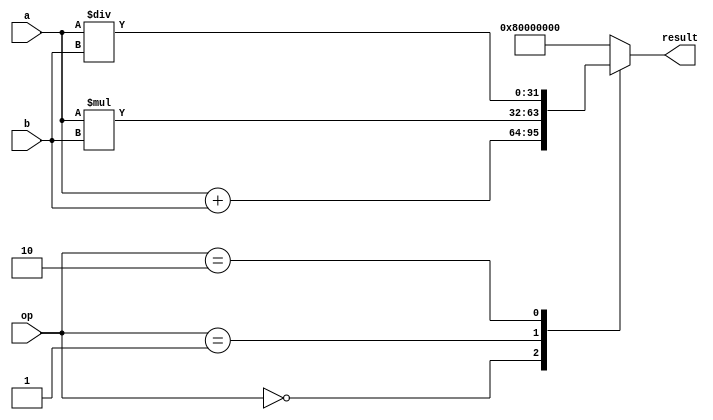
module floating_point_alu (
    input wire [31:0] a,
    input wire [31:0] b,
    input wire [2:0] op,
    output wire [31:0] result
);

reg [31:0] result;

always @(*) begin
    case(op)
        3'b000: // Addition
            result = a + b;
        3'b001: // Multiplication
            result = a * b;
        3'b010: // Division
            result = a / b;
        default: // Other operations
            result = 32'h80000000; // NaN
    endcase
end

endmodule